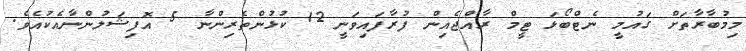
މިމުބާރާތަށް ގައުމީ ނެޓްބޯޅަ ޓީމް ރާއްޖެއިން ފުރާފައިވަނީ 12 ކުޅުންތެރިންނާ 5 އޮފިޝަލުންނާއެކުއެވެ.